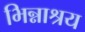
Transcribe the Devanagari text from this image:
भिन्नाश्रय